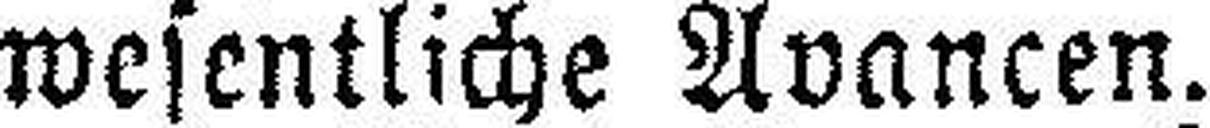
wesentliche Avancen.